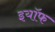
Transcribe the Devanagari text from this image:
इयॉफ